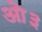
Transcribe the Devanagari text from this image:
ओ३